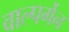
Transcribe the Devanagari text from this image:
वाल्पर्गेन